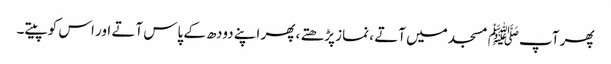
پھر آپﷺ مسجد میں آتے ، نماز پڑھتے ، پھر اپنے دودھ کے پاس آتے اور اس کو پیتے۔